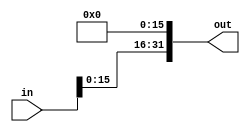
module sll_16(out, in);
	input[31:0] in;
	output[31:0] out;

	assign out[15:0] = 0;
	assign out[31:16] = in[15:0];

endmodule